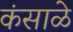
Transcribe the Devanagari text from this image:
कंसाळे